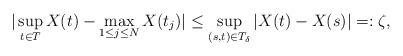
LaTeX: \begin{align*}| \sup_{t \in T} X(t) - \max_{1 \leq j \leq N} X(t_{j}) | \leq \sup_{(s,t) \in T_{\delta}} | X(t) - X(s) | =: \zeta,\end{align*}